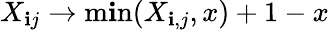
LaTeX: X_{\mathbf{i}j}\rightarrow\operatorname*{m\mathbf{i}n}(X_{\mathbf{i},j},x)+1-x